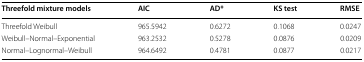
| Threefold mixture models | AIC | AD* | KS test | RMSE |
 | --- | --- | --- | --- | --- |
 | Threefold Weibull | 965.5942 | 0.6272 | 0.1068 | 0.0247 |
 | Weibull–Normal–Exponential | 963.2532 | 0.5278 | 0.0876 | 0.0209 |
 | Normal–Lognormal–Weibull | 964.6492 | 0.4781 | 0.0877 | 0.0217 |